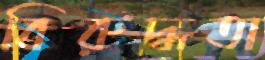
বিরুদ্ধতা